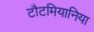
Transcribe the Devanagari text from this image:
टौटमियानिया